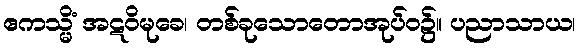
ဧကသ္မိံ အဋဝိမုခေ၊ တစ်ခုသောတောအုပ်ဝ၌။ ပညာသာယ၊